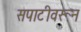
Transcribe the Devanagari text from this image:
सपाटीवरून